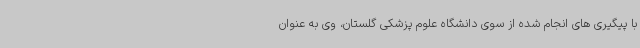
با پیگیری های انجام شده از سوی دانشگاه علوم پزشکی گلستان، وی به عنوان